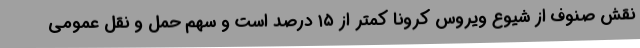
نقش صنوف از شیوع ویروس کرونا کمتر از ۱۵ درصد است و سهم حمل و نقل عمومی